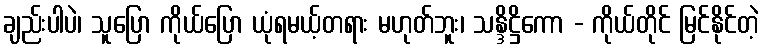
ချည်းပါပဲ၊ သူပြော ကိုယ်ပြော ယုံရမယ့်တရား မဟုတ်ဘူး၊ သန္ဒိဋ္ဌိကော - ကိုယ်တိုင် မြင်နိုင်တဲ့